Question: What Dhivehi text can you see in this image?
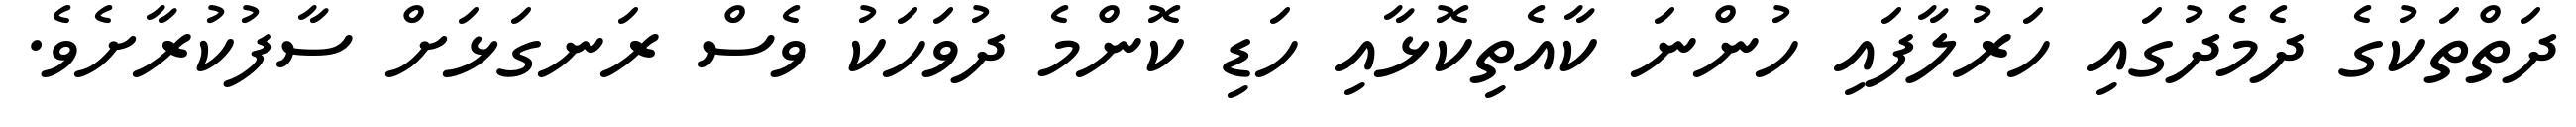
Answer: ދަތްތަކުގެ ދެމެދުގައި ހަރުލާފައި ހުންނަ ކާއެތިކޮޅާއި ހަޑި ކޮންމެ ދުވަހަކު ވެސް ރަނގަޅަށް ސާފުކުރާށެވެ.